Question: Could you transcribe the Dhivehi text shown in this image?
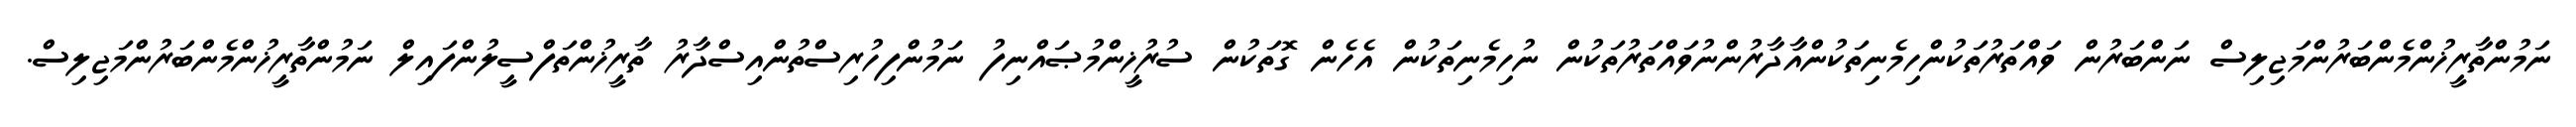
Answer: ނަމުންތާރީޚުންމެންބަރުންމަޖިލިސް ނަންބަރުން ވައްތަރުތަކުންހިމެނިތަކުންއާދާރުންނުވައްތަރުތަކުން ނުހިމެނިތަކުން އެހެން ގޮތަކުން ސުރުޚީންމުޞައްނިފު ނަމުންފިހުރިސްތުންއިސްދާރު ތާރީޚުންތަފްސީލުންފައިލް ނަމުންތާރީޚުންމެންބަރުންމަޖިލިސް.